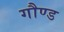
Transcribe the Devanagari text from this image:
गौण्ड